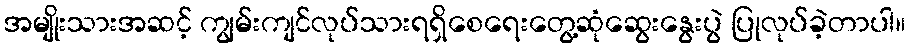
အမျိုးသားအဆင့် ကျွမ်းကျင်လုပ်သားရရှိစေရေးတွေ့ဆုံဆွေးနွေးပွဲ ပြုလုပ်ခဲ့တာပါ။